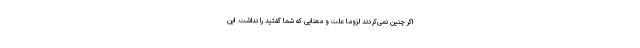
اگر چنین نمی‌کردند لزوما علت و معنایی که شما ‌گفتید را نداشت. این